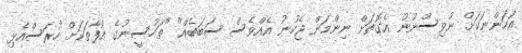
އަހަންނަކަށް ނުވިސްނުނު އެގޮތަށް ނިންމަން ޖެހުނު އެއްވެސް ސަބަބެއް" "ތަހުސީނުގެ އުފާތަކަށް ހުރަސްއެޅި